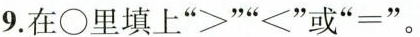
9.在\circ 里填上”>””<”或”=”。